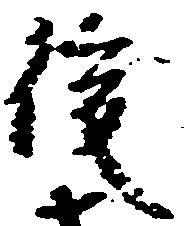
後